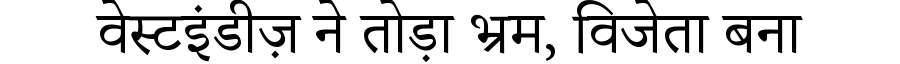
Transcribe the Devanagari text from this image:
वेस्टइंडीज़ ने तोड़ा भ्रम, विजेता बना